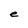
Character: e